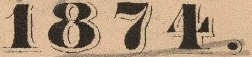
1874.